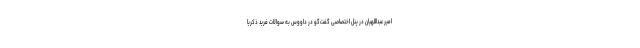
امیر عبداللهیان در پنل اختصاصی گفت‌گو در داووس به سوالات فرید ذکریا